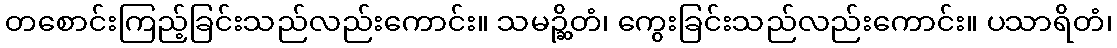
တစောင်းကြည့်ခြင်းသည်လည်းကောင်း။ သမဉ္ဆိတံ၊ ကွေးခြင်းသည်လည်းကောင်း။ ပသာရိတံ၊